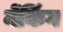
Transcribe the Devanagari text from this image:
नेंकिंग